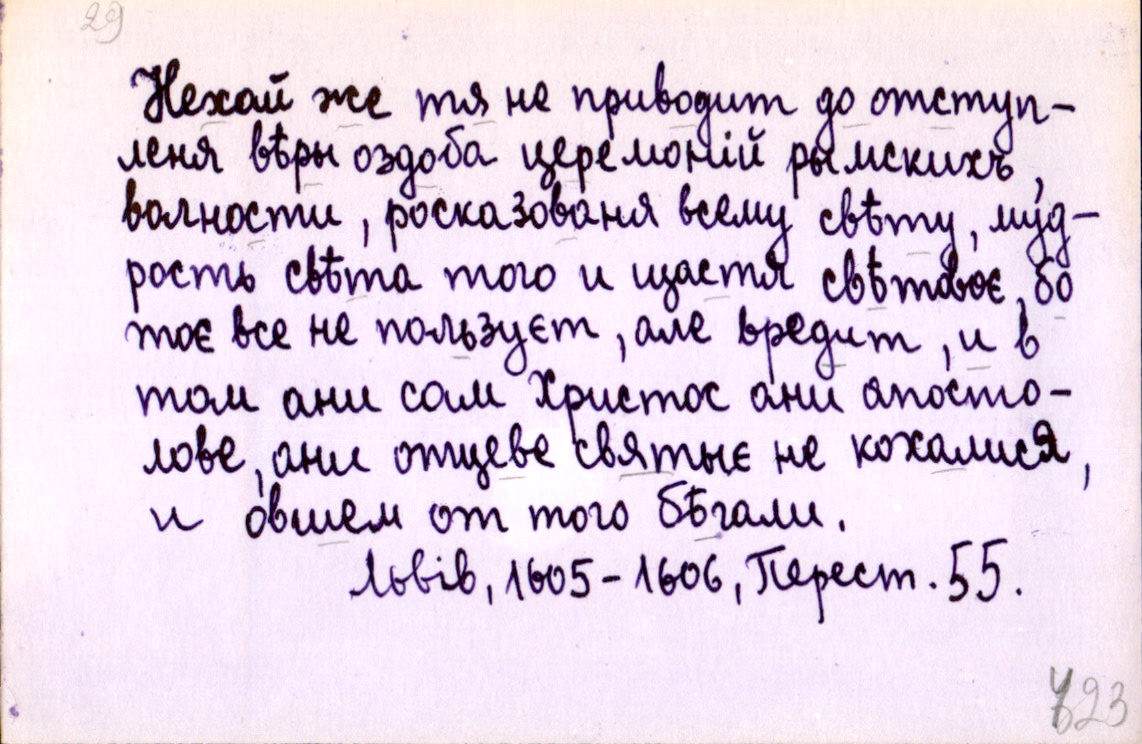
Нехай же тя не приводит до отступ-
леня вѣры оздоба церемоній рымскихъ
волности, росказованя всему свѣту, мүд-
рость свѣта того и щастя свѣтовоє, бо
тоє все не пользуєт, але вредит, и в
том ани сам Христос ани апосто-
лове, ани отцеве святыє не кохалися,
и овшем от того бѣгали.
Львів, 1605-1606, Перест. 55.